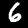
Digit: 6